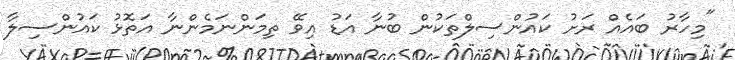
"މިހާރު ބައެއް ރަށު ކައުންސިލްތަކުން ބުނާ އަޑު އިވޭ ތިމަންނަމެންނާ އަތޮޅު ކައުންސިލާ